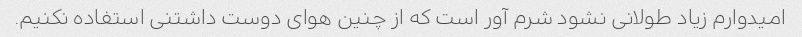
امیدوارم زیاد طولانی نشود شرم آور است که از چنین هوای دوست داشتنی استفاده نکنیم.